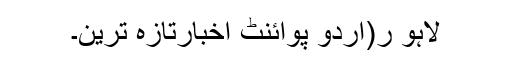
لاہو ر(اُردو پوائنٹ اخبارتازہ ترین۔